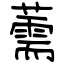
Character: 薷